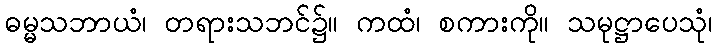
ဓမ္မသဘာယံ၊ တရားသဘင်၌။ ကထံ၊ စကားကို။ သမုဋ္ဌာပေသုံ၊